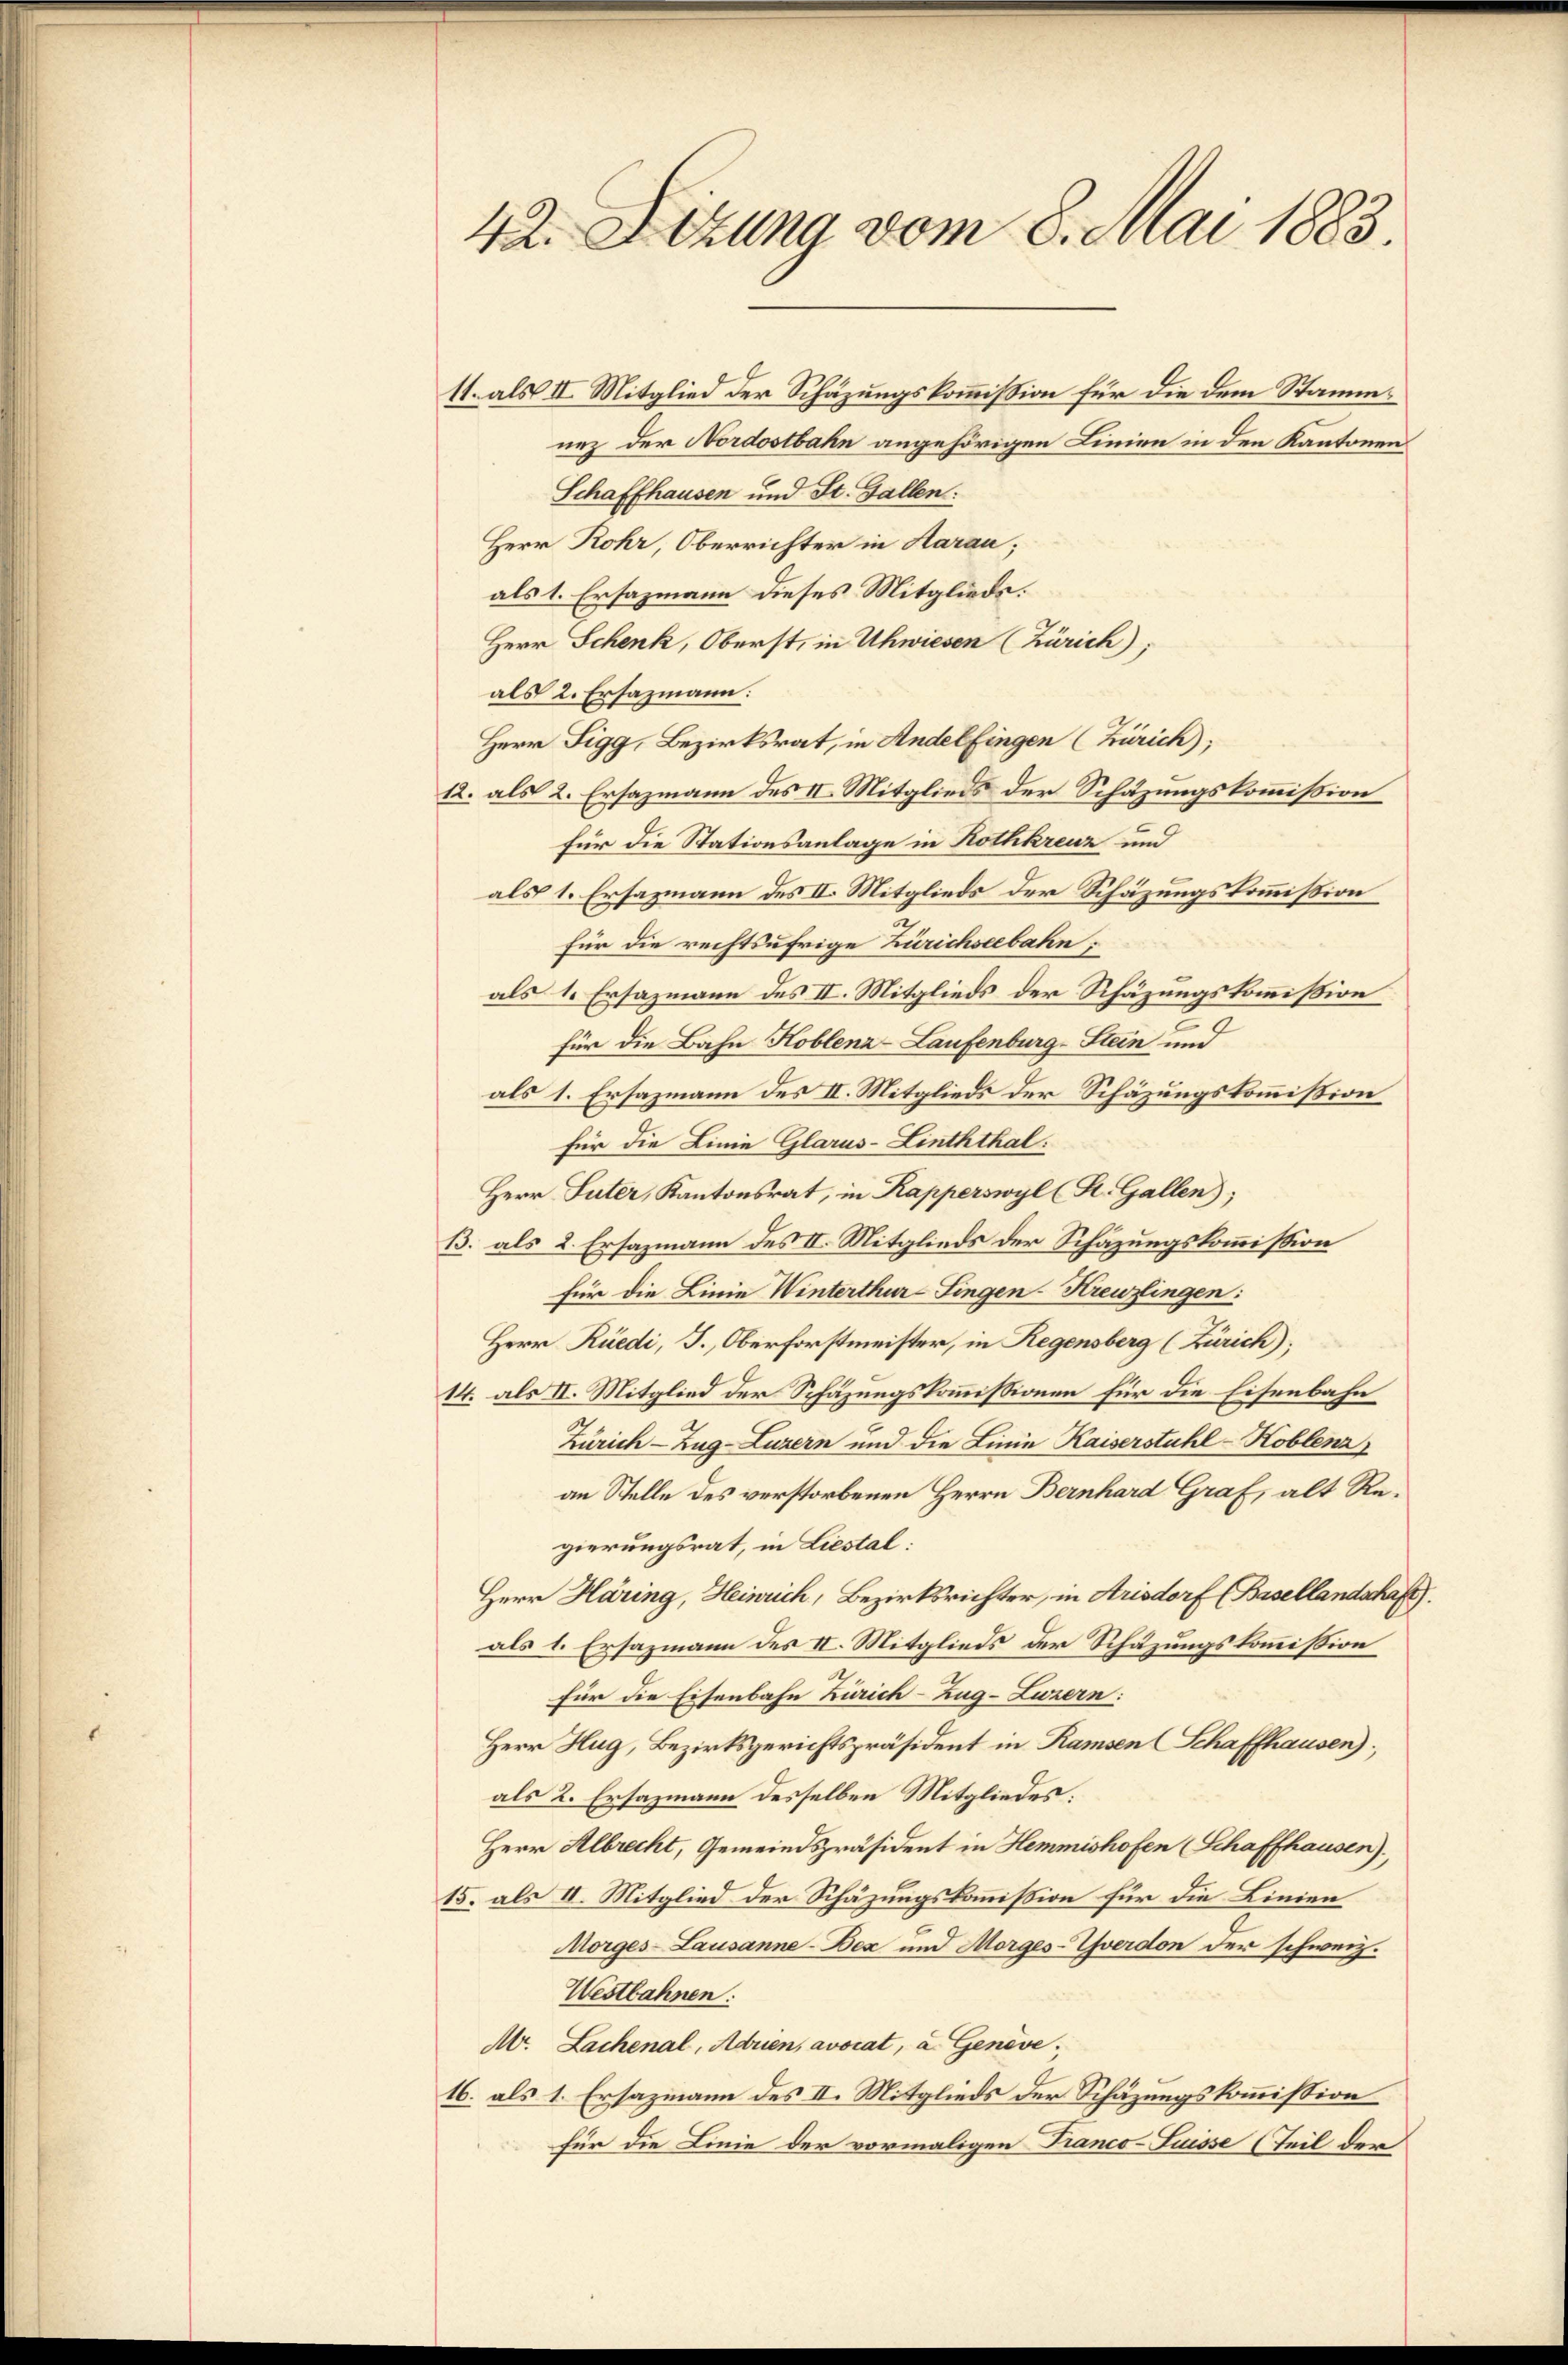
42. Sitzung vom 8. Mai 1883.

11. als II. Mitglied der Schäzungskommission für die dem Stammnez der Nordostbahn angehörigen Linien in den Kantonen
Schaffhausen und St. Gallen:
Herr Rohr, Oberrichter in Aarau;
als 1. Ersazmann dieses Mitglieds.
Herr Schenk, Oberst, in Uhwiesen (Zürich),
als 2. Ersazmann:
1
Herr Figg, Bezirksrat, in Andelfingen (Zürich);
12. als 2. Ersazmann des III. Mitglieds der Schäzungskommißion
für die Stationsanlage in Rothkreuz und
als 1. Ersazmann des II. Mitglieds der Schäzungskommission
für die rechtsufrige Zürichseebahn.
als 1. Ersazmann des II. Mitglieds der Schäzungskommißion
für die Bahn Koblenz-Laufenburg-Stein und
als 1. Ersazmann des II. Mitglieds der Schäzungskommißion
für die Linie Glarus-Linththal:
Herr Suter, Kantonsrat, in Kapperswyl (St. Gallen);
B. als 2. Ersazmann des II. Mitglieds der Schazungskommission
für die Linie Winterthur–Singen-Kreuzlingen:
Herr Rüedi, T., Oberforstmeister, in Regensberg (Zürich),
14. als II. Mitglied der Schäzungskommissionen für die Eisenbahn
Zürich–Zug–Luzern und die Linie Kaiserstuhl-Koblenz
an Stelle des verstorbenen Herrn Bernhard Graf, alt Regierungsrat, in Liestal:
Herr Häring, Heinrich, Bezirksrichter, in Arisdorf (Basellandschaft
als 1. Ersazmann des II. Mitglieds der Schäzungskommission
Für die Eisenbahn Zürich–Zug–Luzern:
Herr Hug, Bezirksgerichtspräsident in Ramsen Schaffhausen);
als 2. Ersazmann desselben Mitgliedes.
Herr Albrecht, Gemeindspräsident in Hemmishofen (Schaffhausen).
15. als II. Mitglied der Schäzungskommission für die Linien
Morges-Lausanne-Dex und Morges-Yverdon der schweiz.
Westbahnen:
Ar. Lachenal, Adrien, avocat, a. Genève,
16. als 1. Ersazmann des II. Mitglieds der Schätzungskommission
für die Linie der vormaligen Franco- Suisse (Teil der